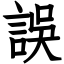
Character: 誤